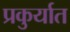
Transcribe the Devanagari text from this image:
प्रकुर्यात